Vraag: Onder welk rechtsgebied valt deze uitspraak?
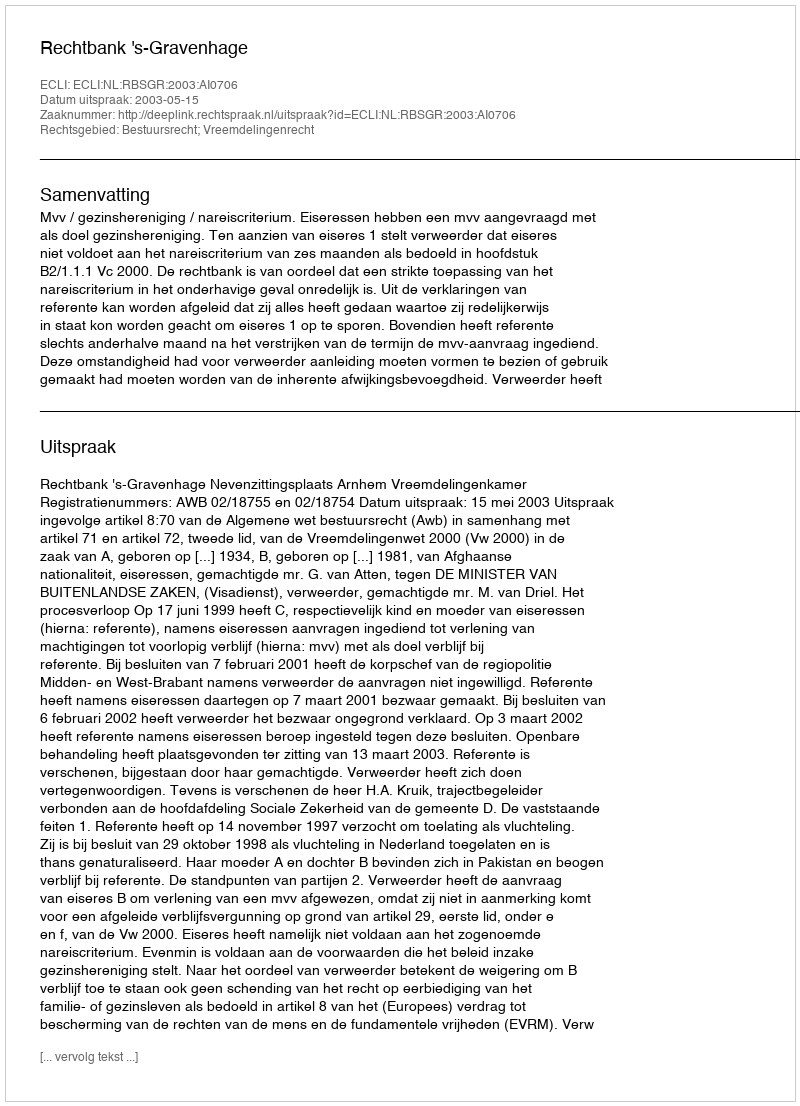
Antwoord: Bestuursrecht; Vreemdelingenrecht